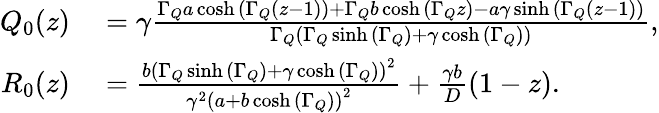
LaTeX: \begin{array}{rl}{Q_{0}(z)}&{{}=\gamma\frac{\Gamma_{Q}a\cosh{\left(\Gamma_{Q}\left(z-1\right)\right)}+\Gamma_{Q}b\cosh{\left(\Gamma_{Q}z\right)}-a\gamma\sinh{\left(\Gamma_{Q}\left(z-1\right)\right)}}{\Gamma_{Q}\left(\Gamma_{Q}\sinh{\left(\Gamma_{Q}\right)}+\gamma\cosh{\left(\Gamma_{Q}\right)}\right)},}\\ {R_{0}(z)}&{{}=\frac{b\left(\Gamma_{Q}\sinh{\left(\Gamma_{Q}\right)}+\gamma\cosh{\left(\Gamma_{Q}\right)}\right)^{2}}{\gamma^{2}\left(a+b\cosh{\left(\Gamma_{Q}\right)}\right)^{2}}+\frac{\gamma b}{D}(1-z).}\end{array}